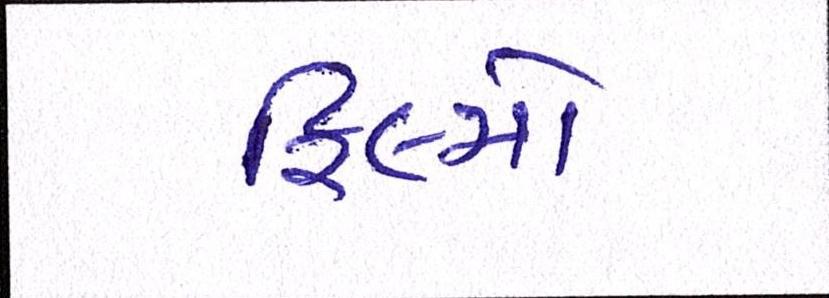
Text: ફિલ્મો